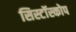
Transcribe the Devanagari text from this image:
सिस्टॉस्कोप